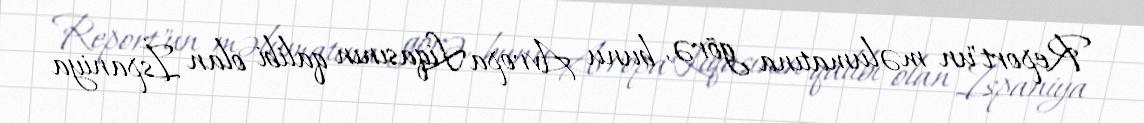
Report"un məlumatına görə, bunu Avropa Liqasının qalibi olan İspaniya